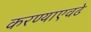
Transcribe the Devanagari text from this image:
करण्याएवढे